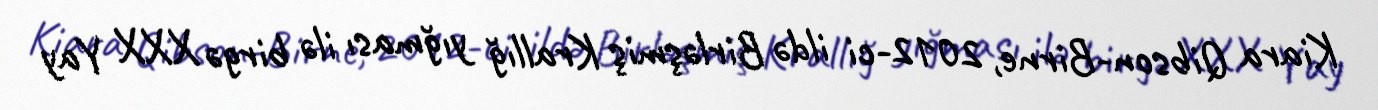
Kiara Qibson-Birne, 2012-ci ildə Birləşmiş Krallığ yığması ilə birgə XXX Yay